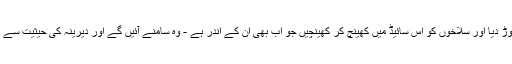
پھر میں نے جوڑ دیا اور سلاخوں کو اس سائیڈ میں کھینچ کر کھینچیں جو اب بھی ان کے اندر ہے - وہ سامنے آئیں گے اور دیرینہ کی حیثیت سے ظاہر ہوں گے۔